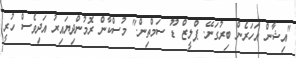
"އިޝާން އަހަރެން ބިރުގަނޭ. ޕްލީޒް ޑޫ ސަމްތިން." މުސްކާން ރޮމުންދިޔައިރު އަދިވެސް ހުރީ